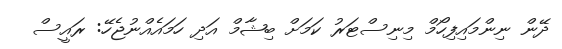
ދޭން ނިންމައިފިހޯމް މިނިސްޓަރު ކަމަށް ބިޝާމް އަދި ހަމައެއްނުޖެހޭ: ރައީސް